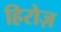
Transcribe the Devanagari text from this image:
हिरोज़